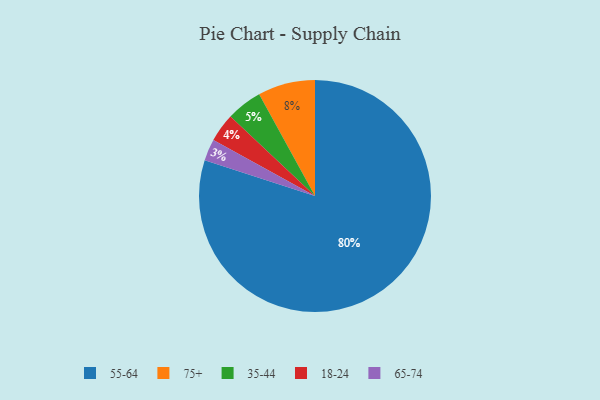
{"axis": {"x": "Category", "y": "Percentage"}, "legend": ["18-24", "35-44", "55-64", "65-74", "75+"], "data": [{"x": "18-24", "y": 4, "type": "18-24"}, {"x": "55-64", "y": 80, "type": "55-64"}, {"x": "65-74", "y": 3, "type": "65-74"}, {"x": "75+", "y": 8, "type": "75+"}, {"x": "35-44", "y": 5, "type": "35-44"}]}